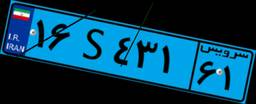
۱۶S۴۳۱۶۱